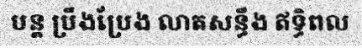
បន្ត ប្រឹងប្រែង លាតសន្ធឹង ឥទ្ធិពល